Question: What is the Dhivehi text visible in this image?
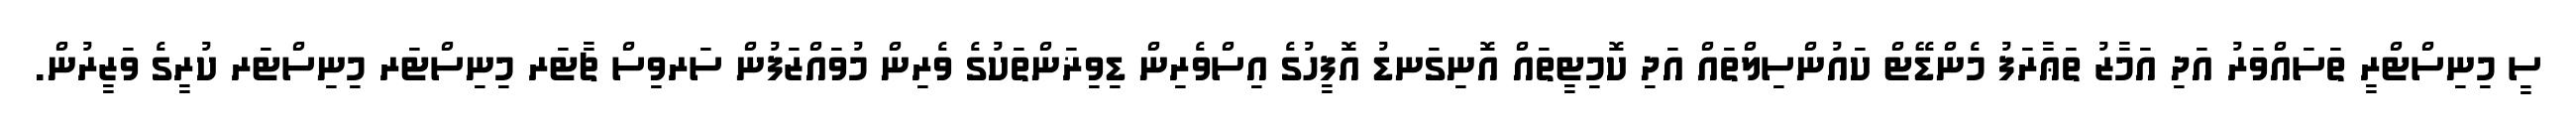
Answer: ސީ މިނިސްޓްރީ ތަސައްވަރު އަދި އަމާޒު ތަޢާރަފު މެންޑޭޓް ކައުންސިލްތައް އަދި ކޮމިޓީތައް އޮނިގަނޑު އޮފީހުގެ އިސްވެރިން ޑިވިޜަންތަކުގެ ވެރިން މުވައްޒަފުން ސަރވިސް ޗާޓަރ މިނިސްޓަރ މިނިސްޓަރ ކުރީގެ ވަޒީރުން.